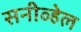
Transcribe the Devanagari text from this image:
सनीव्हेल